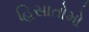
હિસાતોમો